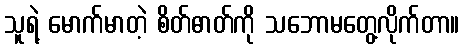
သူရဲ့ မောက်မာတဲ့ စိတ်ဓာတ်ကို သဘောမတွေ့လိုက်တာ။